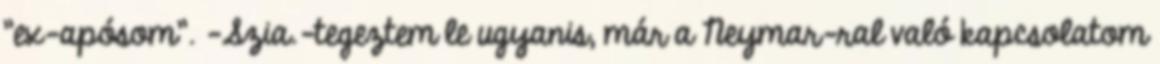
"ex-apósom". -Szia.-tegeztem le ugyanis, már a Neymar-ral való kapcsolatom